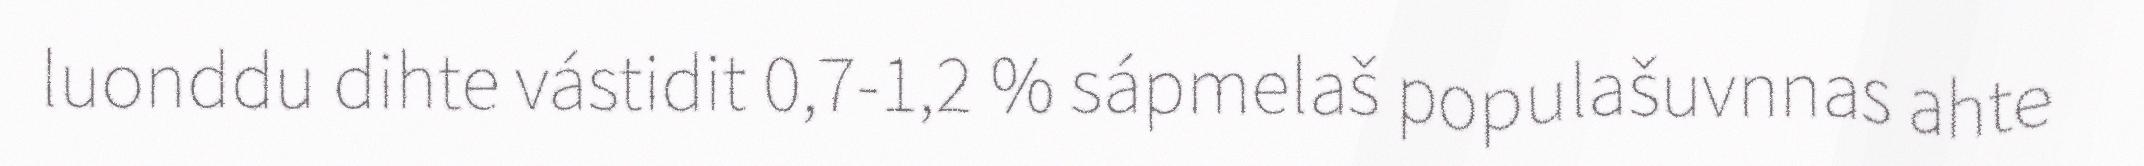
luonddu dihte vástidit 0,7-1,2 % sápmelaš populašuvnnas ahte